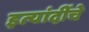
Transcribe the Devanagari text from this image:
इत्यांदींचे